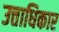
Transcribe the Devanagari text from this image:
उत्ताधिकार